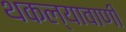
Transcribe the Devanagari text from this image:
थकल्यावाणी